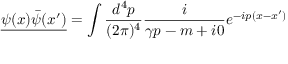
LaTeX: { \underline { { \psi ( x ) { \bar { \psi } } ( x ^ { \prime } ) } } } = \int { \frac { d ^ { 4 } p } { ( 2 \pi ) ^ { 4 } } } { \frac { i } { \gamma p - m + i 0 } } e ^ { - i p ( x - x ^ { \prime } ) }